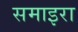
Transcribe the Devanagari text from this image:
समाइरा